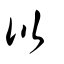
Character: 以